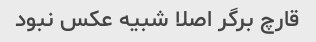
قارچ برگر اصلا شبیه عکس نبود